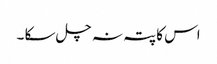
اس کا پتہ نہ چل سکا ۔